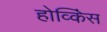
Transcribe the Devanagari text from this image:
होव्किंस